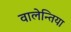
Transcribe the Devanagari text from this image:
वालेन्तिया